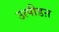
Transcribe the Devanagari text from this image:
उत्पीडऩ